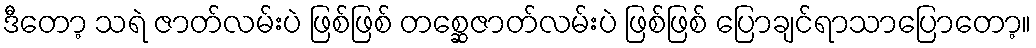
ဒီတော့ သရဲ ဇာတ်လမ်းပဲ ဖြစ်ဖြစ် တစ္ဆေဇာတ်လမ်းပဲ ဖြစ်ဖြစ် ပြောချင်ရာသာပြောတော့။